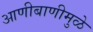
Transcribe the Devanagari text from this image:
आणीबाणीमुळे